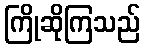
ကြိုဆိုကြသည်